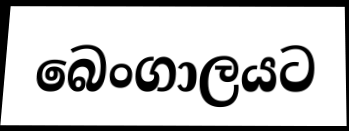
බෙංගාලයට